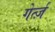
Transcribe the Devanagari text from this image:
गेर्त्ज़